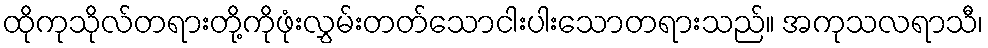
ထိုကုသိုလ်တရားတို့ကိုဖုံးလွှမ်းတတ်သောငါးပါးသောတရားသည်။ အကုသလရာသီ၊